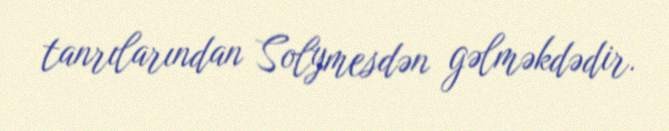
tanrılarından Solymesdən gəlməkdədir.